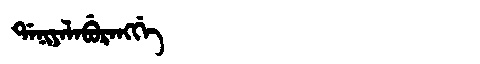
Manchu: ᡩᠠᠨᡳᠶᠠᠯᠠᠪᡠᡵᠠᠩᡤᡝ
Romanization: DANIYALABURANGGE